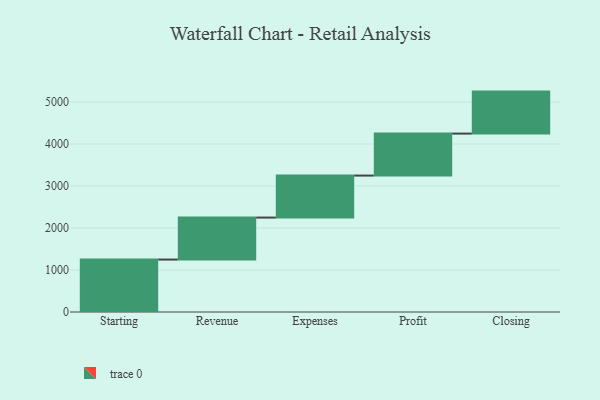
{"axis": {"x": "Step", "y": "Value"}, "legend": [""], "data": [{"x": "Starting", "y": 1249.0, "type": ""}, {"x": "Revenue", "y": 1000, "type": ""}, {"x": "Expenses", "y": 1000, "type": ""}, {"x": "Profit", "y": 1000, "type": ""}, {"x": "Closing", "y": 1000, "type": ""}]}